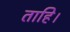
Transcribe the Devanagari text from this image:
ताहि।